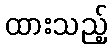
ထားသည့်